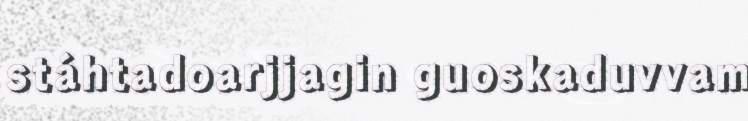
stáhtadoarjjagin guoskaduvvam